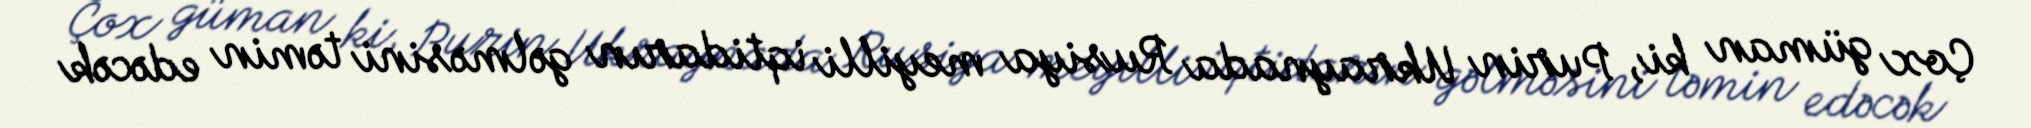
Çox güman ki, Purin Ukraynada Rusiya meyilli iqtidarın gəlməsini təmin edəcək